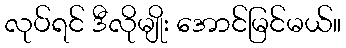
လုပ်ရင် ဒီလိုမျိုး အောင်မြင်မယ်။